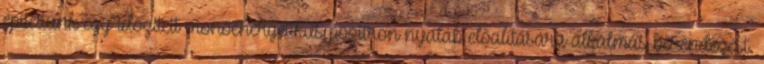
építettünk egy időzített monoenergetikus pozitron nyaláb előalítására alkalmas berendezést.